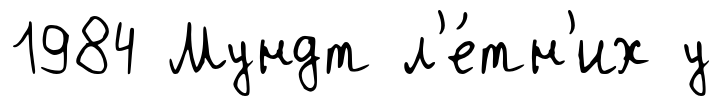
1984 Мундт л'е́тн'их у